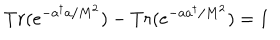
T r ( e ^ { - a ^ { \dagger } a / M ^ { 2 } } ) - T r ( e ^ { - a a ^ { \dagger } / M ^ { 2 } } ) = 1